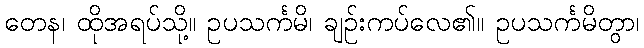
တေန၊ ထိုအရပ်သို့။ ဥပသင်္ကမိ၊ ချဉ်းကပ်လေ၏။ ဥပသင်္ကမိတွာ၊